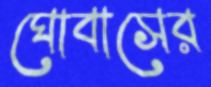
ঘোবাসের